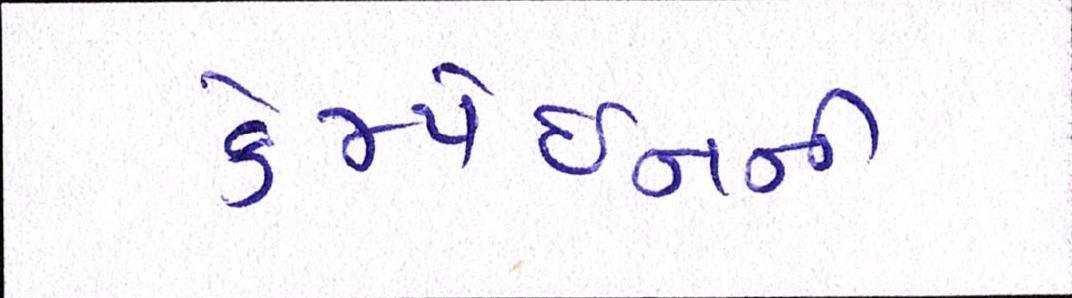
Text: કેમ્પેઇનની